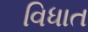
વિધાત